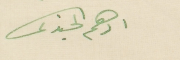
ادهم الجندى